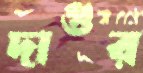
দাগুর